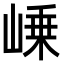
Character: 𡹴